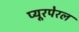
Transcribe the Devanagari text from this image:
प्यूरपेरल